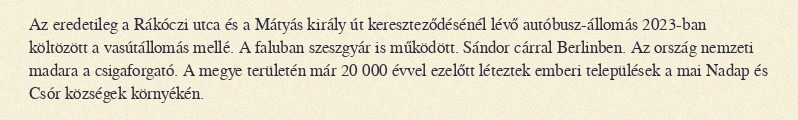
Az eredetileg a Rákóczi utca és a Mátyás király út kereszteződésénél lévő autóbusz-állomás 2023-ban költözött a vasútállomás mellé. A faluban szeszgyár is működött. Sándor cárral Berlinben. Az ország nemzeti madara a csigaforgató. A megye területén már 20 000 évvel ezelőtt léteztek emberi települések a mai Nadap és Csór községek környékén.